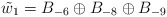
\begin{align*}\tilde{w}_1 = B_{-6} \oplus B_{-8} \oplus B_{-9}\end{align*}